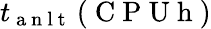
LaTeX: t_{\mathrm{~a~n~l~t~}}\left(\mathrm{~C~P~U~h~}\right)